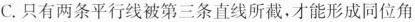
C.只有两条平行线被第三条直线所截，才能形成同位角